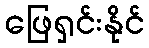
ဖြေရှင်းနိုင်